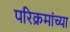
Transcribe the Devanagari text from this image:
परिक्रमांच्या